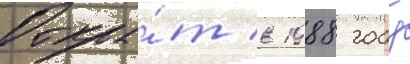
Откры́т в 1988 году